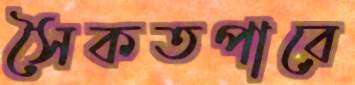
সৈকতপারে